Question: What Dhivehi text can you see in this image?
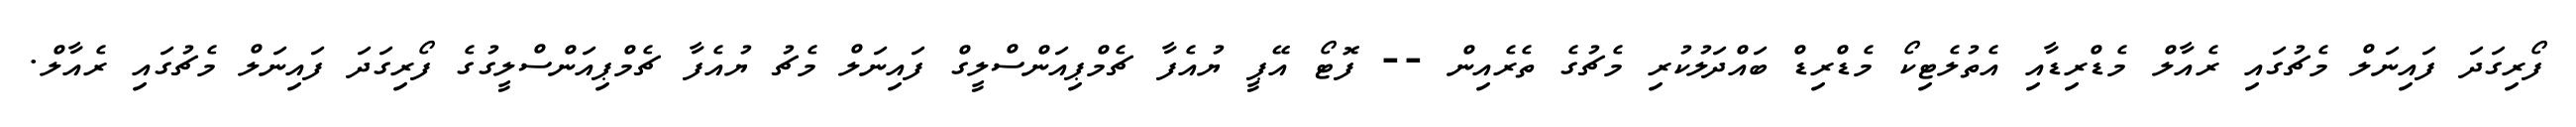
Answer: ފޯރިގަދަ ފައިނަލް މެޗުގައި ރެއާލް މެޑްރިޑާއި އެތުލެޓިކޯ މެޑްރިޑް ބައްދަލުކުރި މެޗުގެ ތެރެއިން -- ފޮޓޯ އޭޕީ ޔުއެފާ ޗެމްޕިއަންސްލީގް ފައިނަލް މެޗު ޔުއެފާ ޗެމްޕިއަންސްލީގުގެ ފޯރިގަދަ ފައިނަލް މެޗުގައި ރެއާލް.